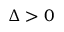
\Delta > 0